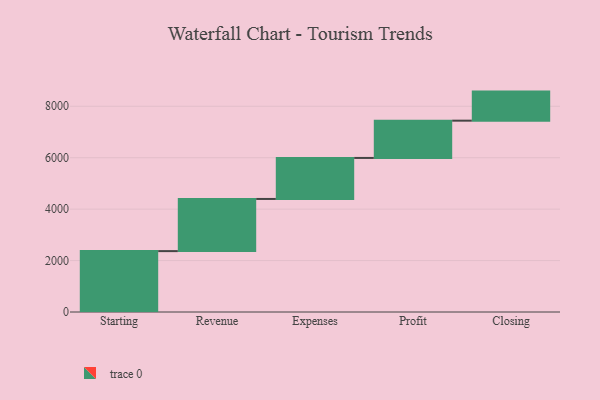
{"axis": {"x": "Step", "y": "Value"}, "legend": [""], "data": [{"x": "Starting", "y": 2368.0, "type": ""}, {"x": "Revenue", "y": 2028.0, "type": ""}, {"x": "Expenses", "y": 1595.0, "type": ""}, {"x": "Profit", "y": 1450.0, "type": ""}, {"x": "Closing", "y": 1130.0, "type": ""}]}